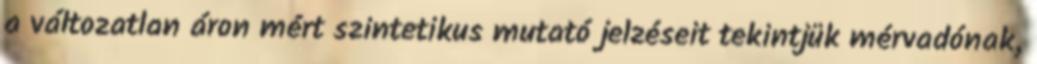
a változatlan áron mért szintetikus mutató jelzéseit tekintjük mérvadónak,